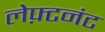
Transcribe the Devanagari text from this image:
लेफ़्टनंट